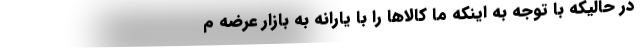
در حالیکه با توجه به اینکه ما کالاها را با یارانه به بازار عرضه م